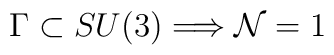
\Gamma \subset SU(3) \Longrightarrow {\cal N} = 1